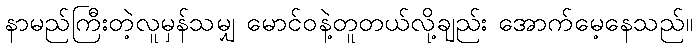
နာမည်ကြီးတဲ့လူမှန်သမျှ မောင်ဝနဲ့တူတယ်လို့ချည်း အောက်မေ့နေသည်။